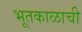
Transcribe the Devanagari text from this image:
भूतकाळाची